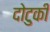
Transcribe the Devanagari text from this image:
दोटुकी